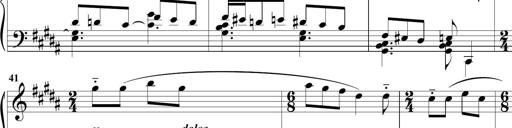
Title: Sonatine MÃ©lancolique
Composer: Julian Raoul Besset